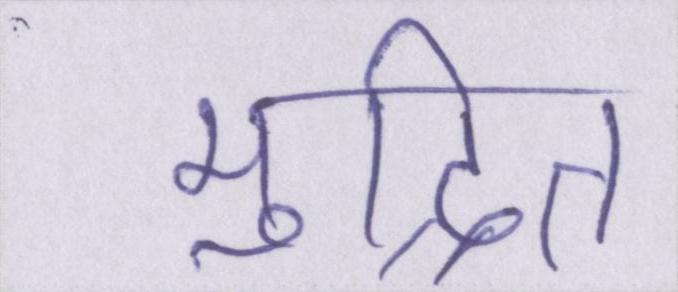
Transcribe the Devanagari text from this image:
मुद्रित